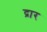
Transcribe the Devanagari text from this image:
द्रार